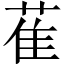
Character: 萑